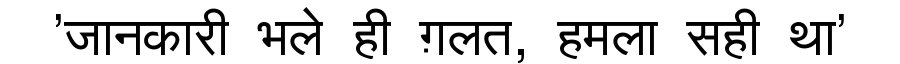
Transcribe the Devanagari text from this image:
'जानकारी भले ही ग़लत, हमला सही था'